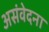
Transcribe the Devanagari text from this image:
असंवेदना